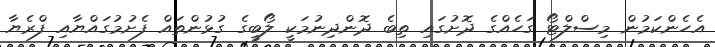
އެހެންކަމުން މިސްލްޓޯ ގަހެއްގެ ދޮށުގައި ތިބެ ދޮންދިނުމަކީ ލޯބީގެ ގުޅުންތައް ފެށުމުގައްޔާއި ފްރެޔާ